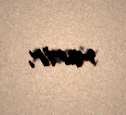
verir.